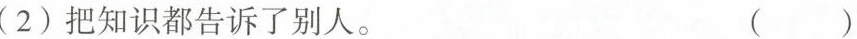
(2)把知识都告诉了别人。 ( )